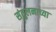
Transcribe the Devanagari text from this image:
संतुलनाच्या